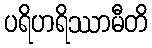
ပရိဟရိဿာမီတိ